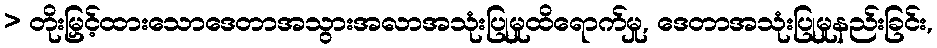
> တိုးမြှင့်ထားသောဒေတာအသွားအလာအသုံးပြုမှုထိရောက်မှု, ဒေတာအသုံးပြုမှုနည်းခြင်း,